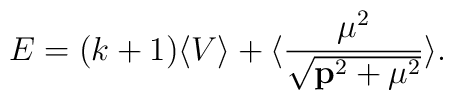
E = (k+1) \langle V \rangle + \langle {{\mu}^2 \over \sqrt{{\bf p}^2 + {\mu}^2}} \rangle.